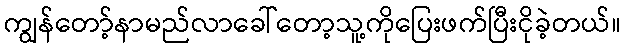
ကျွန်တော့်နာမည်လာခေါ်တော့သူ့ကိုပြေးဖက်ပြီးငိုခဲ့တယ်။